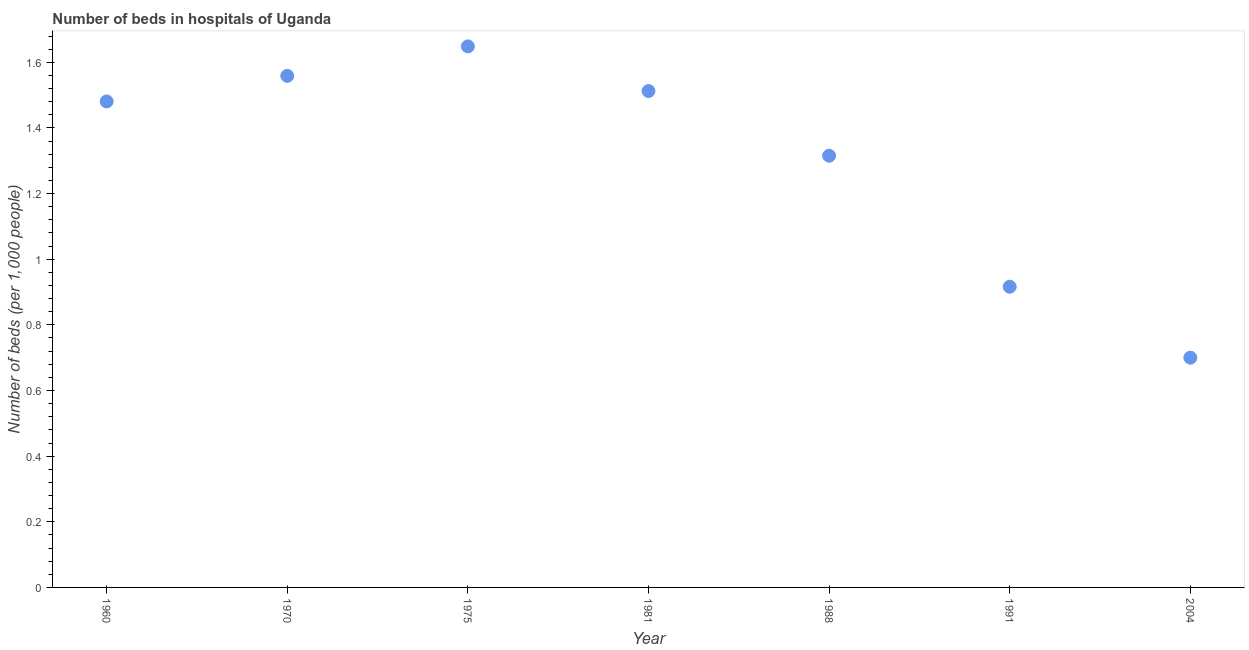
| Year | Hospital beds |
 | --- | --- |
 | 1960 | 1.48 |
 | 1970 | 1.56 |
 | 1975 | 1.65 |
 | 1981 | 1.51 |
 | 1988 | 1.32 |
 | 1991 | 0.916 |
 | 2004 | 0.7 |